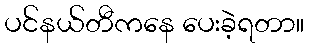
ပင်နယ်တီကနေ ပေးခဲ့ရတာ။